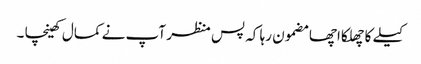
کیلے کا چھلکا اچھا مضمون رہا کہ پس منظر آپ نے کمال کھینچا ۔